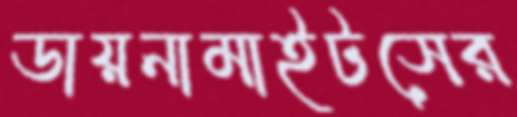
ডায়নামাইটসের